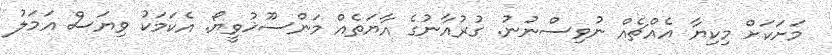
މަށަކަށް މިކިޔާ އެއްޗެއް ނުވިސްނުނު. ގުރުއާނުގެ އާޔަތެއް މަންސޫޚުވީޔޯ. އެކަމަކު ވިޔަސް އަމަލު